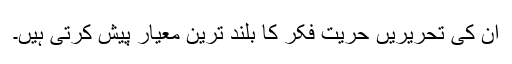
ان کی تحریریں حریت فکر کا بلند ترین معیار پیش کرتی ہیں۔